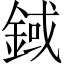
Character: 𨨅